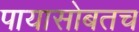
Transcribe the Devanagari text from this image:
पायासोबतच